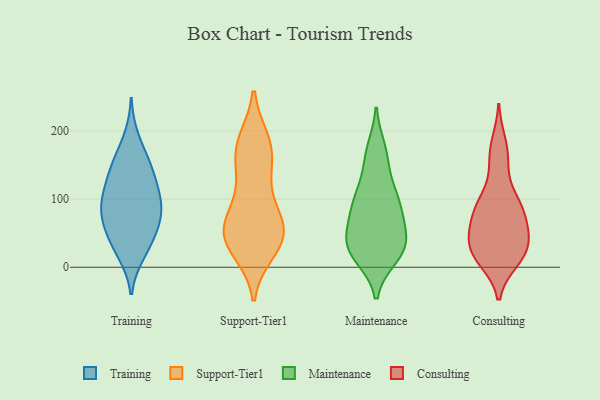
{"axis": {"x": "Waste Production (Tons)", "y": "Value"}, "legend": ["Consulting", "Maintenance", "Support-Tier1", "Training"], "data": [{"x": "", "y": 80, "type": "Training"}, {"x": "", "y": 42, "type": "Training"}, {"x": "", "y": 56, "type": "Training"}, {"x": "", "y": 20, "type": "Training"}, {"x": "", "y": 111, "type": "Training"}, {"x": "", "y": 156, "type": "Training"}, {"x": "", "y": 70, "type": "Training"}, {"x": "", "y": 93, "type": "Training"}, {"x": "", "y": 93, "type": "Training"}, {"x": "", "y": 191, "type": "Training"}, {"x": "", "y": 146, "type": "Training"}, {"x": "", "y": 43, "type": "Training"}, {"x": "", "y": 138, "type": "Training"}, {"x": "", "y": 87, "type": "Training"}, {"x": "", "y": 157, "type": "Training"}, {"x": "", "y": 120, "type": "Training"}, {"x": "", "y": 110, "type": "Training"}, {"x": "", "y": 18, "type": "Training"}, {"x": "", "y": 66, "type": "Training"}, {"x": "", "y": 49, "type": "Support-Tier1"}, {"x": "", "y": 73, "type": "Support-Tier1"}, {"x": "", "y": 185, "type": "Support-Tier1"}, {"x": "", "y": 42, "type": "Support-Tier1"}, {"x": "", "y": 183, "type": "Support-Tier1"}, {"x": "", "y": 124, "type": "Support-Tier1"}, {"x": "", "y": 97, "type": "Support-Tier1"}, {"x": "", "y": 179, "type": "Support-Tier1"}, {"x": "", "y": 24, "type": "Support-Tier1"}, {"x": "", "y": 47, "type": "Support-Tier1"}, {"x": "", "y": 57, "type": "Support-Tier1"}, {"x": "", "y": 65, "type": "Support-Tier1"}, {"x": "", "y": 150, "type": "Support-Tier1"}, {"x": "", "y": 49, "type": "Support-Tier1"}, {"x": "", "y": 162, "type": "Support-Tier1"}, {"x": "", "y": 25, "type": "Support-Tier1"}, {"x": "", "y": 173, "type": "Maintenance"}, {"x": "", "y": 39, "type": "Maintenance"}, {"x": "", "y": 150, "type": "Maintenance"}, {"x": "", "y": 103, "type": "Maintenance"}, {"x": "", "y": 21, "type": "Maintenance"}, {"x": "", "y": 33, "type": "Maintenance"}, {"x": "", "y": 95, "type": "Maintenance"}, {"x": "", "y": 29, "type": "Maintenance"}, {"x": "", "y": 105, "type": "Maintenance"}, {"x": "", "y": 74, "type": "Maintenance"}, {"x": "", "y": 79, "type": "Maintenance"}, {"x": "", "y": 39, "type": "Maintenance"}, {"x": "", "y": 15, "type": "Maintenance"}, {"x": "", "y": 41, "type": "Maintenance"}, {"x": "", "y": 167, "type": "Maintenance"}, {"x": "", "y": 108, "type": "Maintenance"}, {"x": "", "y": 67, "type": "Maintenance"}, {"x": "", "y": 16, "type": "Maintenance"}, {"x": "", "y": 79, "type": "Consulting"}, {"x": "", "y": 49, "type": "Consulting"}, {"x": "", "y": 30, "type": "Consulting"}, {"x": "", "y": 20, "type": "Consulting"}, {"x": "", "y": 147, "type": "Consulting"}, {"x": "", "y": 182, "type": "Consulting"}, {"x": "", "y": 61, "type": "Consulting"}, {"x": "", "y": 48, "type": "Consulting"}, {"x": "", "y": 94, "type": "Consulting"}, {"x": "", "y": 15, "type": "Consulting"}, {"x": "", "y": 92, "type": "Consulting"}, {"x": "", "y": 10, "type": "Consulting"}, {"x": "", "y": 166, "type": "Consulting"}, {"x": "", "y": 95, "type": "Consulting"}, {"x": "", "y": 51, "type": "Consulting"}, {"x": "", "y": 90, "type": "Consulting"}, {"x": "", "y": 13, "type": "Consulting"}, {"x": "", "y": 29, "type": "Consulting"}]}